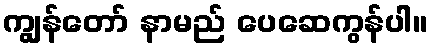
ကျွန်တော် နာမည် ပေဆေကွန်ပါ။